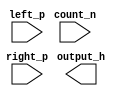
module histogram (  
	count_n,
	right_p,
	left_p,
	output_h
	);
	
input		count_n;
input	right_p;
input	left_p;
output output_h;

endmodule